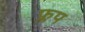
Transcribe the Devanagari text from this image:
फ्लप